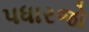
પધારજો